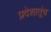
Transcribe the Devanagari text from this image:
प्रदेशातूंच